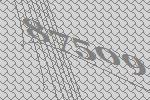
87509